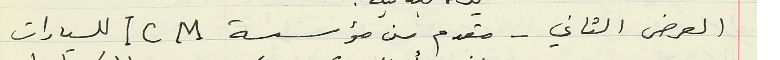
العرض الثاني - مقدم من مؤسسة ICM للسيارات